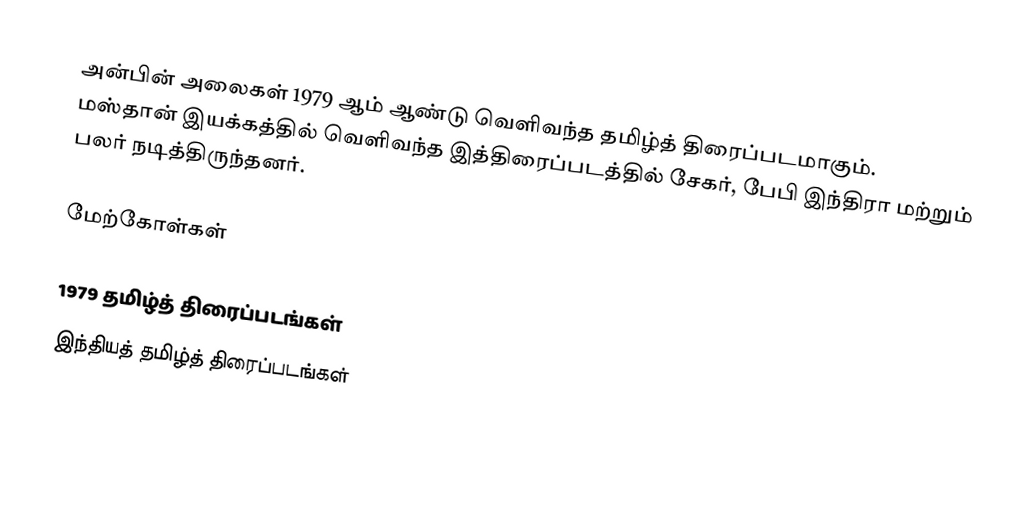
அன்பின் அலைகள் 1979 ஆம் ஆண்டு வெளிவந்த தமிழ்த் திரைப்படமாகும். மஸ்தான் இயக்கத்தில் வெளிவந்த இத்திரைப்படத்தில் சேகர், பேபி இந்திரா மற்றும் பலர் நடித்திருந்தனர்.

மேற்கோள்கள்

1979 தமிழ்த் திரைப்படங்கள்
இந்தியத் தமிழ்த் திரைப்படங்கள்